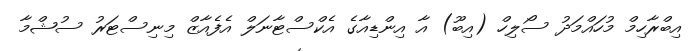
އިބްރާހިމް މުހައްމަދު ސޯލިހް (އިބޫ) އާ އިންޑިއާގެ އެކްސްޓާނަލް އެފެއާޒް މިނިސްޓަރު ސުޝްމާ